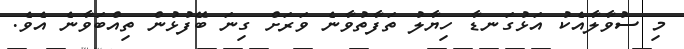
މި ސުވާލާއެކު އަޅުގަނޑާ ހިޔާލު ތަފާތުވާނެ ވަރަށް ގިނަ ބޭފުޅުން ތިއްބަވާނެ އެވެ.